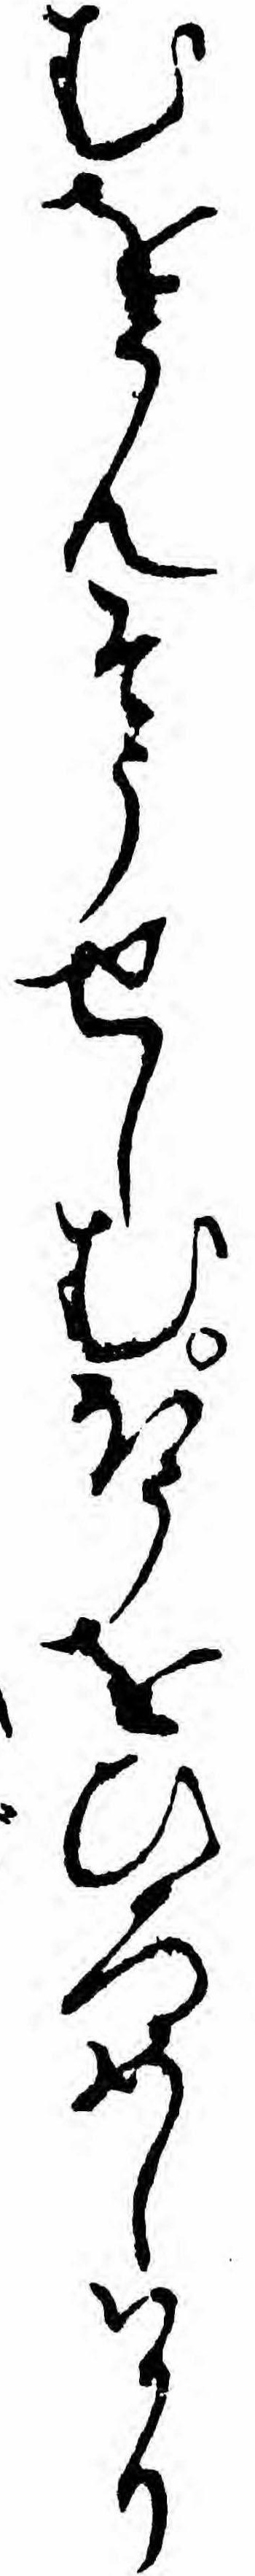
むをうんそうせしむほうをひろめしハかり